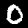
Label: 0